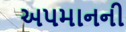
અપમાનની